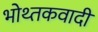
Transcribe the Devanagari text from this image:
भोथ्तकवादी